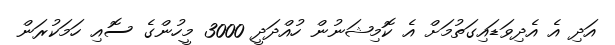
އަދި އެ އެދިވަޑައިގަތުމަށް އެ ކޮމިޝަނުން ހުއްދަދީ 3000 މީހުންގެ ސޮއި ހަމަކުރަން